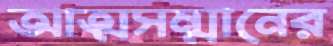
আত্মসম্মানের